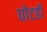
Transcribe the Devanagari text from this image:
घोटही